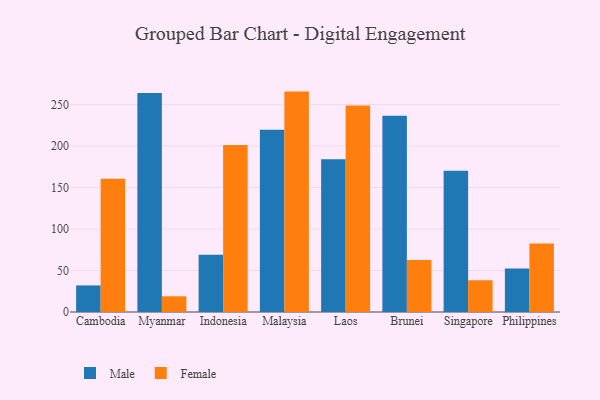
{"axis": {"x": "Country", "y": "Population (Million)"}, "legend": ["Female", "Male"], "data": [{"x": "Cambodia", "y": 32.0, "type": "Male"}, {"x": "Cambodia", "y": 160.6, "type": "Female"}, {"x": "Myanmar", "y": 263.7, "type": "Male"}, {"x": "Myanmar", "y": 18.9, "type": "Female"}, {"x": "Indonesia", "y": 69.0, "type": "Male"}, {"x": "Indonesia", "y": 201.3, "type": "Female"}, {"x": "Malaysia", "y": 219.4, "type": "Male"}, {"x": "Malaysia", "y": 265.5, "type": "Female"}, {"x": "Laos", "y": 184.1, "type": "Male"}, {"x": "Laos", "y": 248.8, "type": "Female"}, {"x": "Brunei", "y": 236.3, "type": "Male"}, {"x": "Brunei", "y": 62.5, "type": "Female"}, {"x": "Singapore", "y": 170.1, "type": "Male"}, {"x": "Singapore", "y": 38.2, "type": "Female"}, {"x": "Philippines", "y": 52.5, "type": "Male"}, {"x": "Philippines", "y": 82.6, "type": "Female"}]}